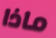
ماذا